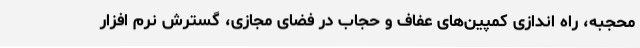
محجبه، راه اندازی کمپین‌های عفاف و حجاب در فضای مجازی، گسترش نرم افزار